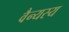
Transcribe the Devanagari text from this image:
वैन्यस्य